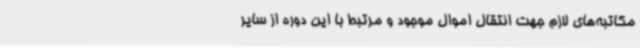
مکاتبه‌های لازم جهت انتقال اموال موجود و مرتبط با این دوره از سایر